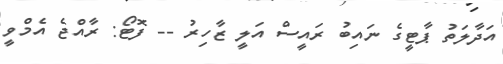
އަދާލަތު ޕާޓީގެ ނައިބު ރައީސް އަލީ ޒާހިރު -- ފޮޓޯ: ރާއްޖެ އެމްވީ